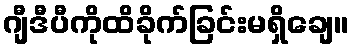
ဂျီဒီပီကိုထိခိုက်ခြင်းမရှိချေ။